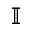
\mathbb { I }